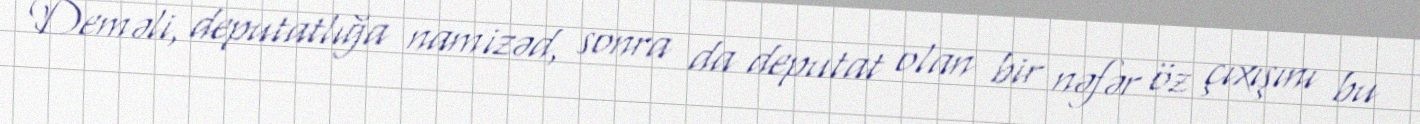
Deməli, deputatlığa namizəd, sonra da deputat olan bir nəfər öz çıxışını bu